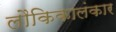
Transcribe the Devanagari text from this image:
लौकिकालंकार